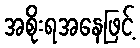
အစိုးရအနေဖြင့်